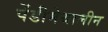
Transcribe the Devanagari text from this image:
पेंडीमेथालीन